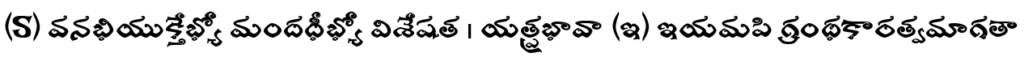
(S) వనభియుక్తేభ్యో మందధీభ్యో విశేషత । యత్ప్రభావా (ఇ) ఇయమపి గ్రంథకారత్వమాగతా